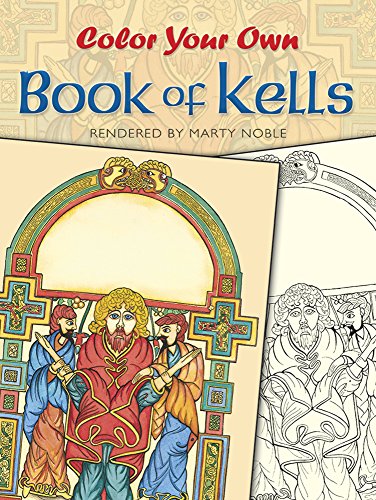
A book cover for Color Your Own Book of Kells (Dover Art Coloring Book); Marty Noble; Arts & Photography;